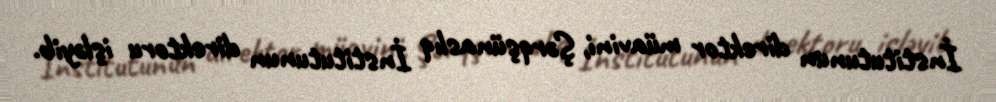
İnstitutunun direktor müavini, Şərqşünaslıq İnstitutunun direktoru işləyib.